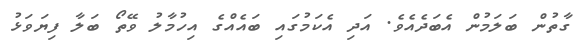
ގާތުން ބަލަމުން އެބަދެއެވެ. އަދި އެކަމުގައި ބައެއްގެ އިހުމާލު ވޭތޯ ބަލާ ފިޔަވަޅު